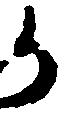
か